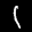
Label: 1